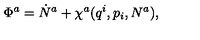
\Phi ^ { a } = \dot { N } ^ { a } + \chi ^ { a } ( q ^ { i } , p _ { i } , N ^ { a } ) ,